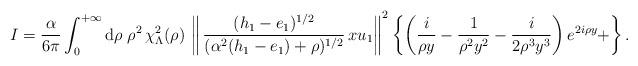
LaTeX: \begin{align*}I=\frac{\alpha}{ 6\pi} \int_0^{+\infty}\mathrm{d}\rho \;\rho^2 \, \chi_{\Lambda}^2(\rho)\, \left\| \, \frac{(h_{1}-e_{1})^{1/2}}{(\alpha^2(h_{1}-e_{1})+\rho)^{1/2}}\, x u_{1} \right\|^2 \left\{\left(\frac{i}{ \rho y} - \frac{1}{ \rho^2 y^2} - \frac{i}{2 \rho^3 y^3} \right) e^{2 i \rho y } + \right\}. \end{align*}